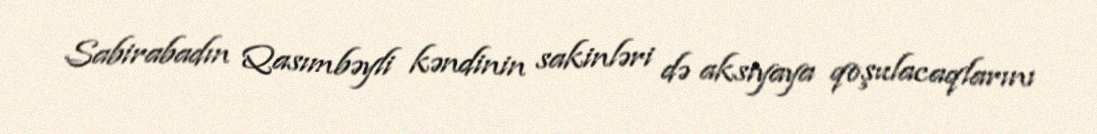
Sabirabadın Qasımbəyli kəndinin sakinləri də aksiyaya qoşulacaqlarını